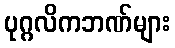
ပုဂ္ဂလိကဘဏ်များ